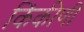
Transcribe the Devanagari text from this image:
किंकीणी